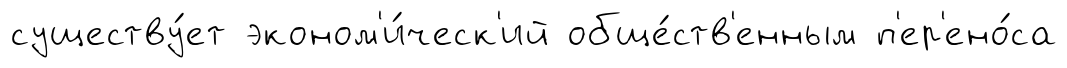
существу́ет эконом'и́ческ'ий обще́ств'енным п'ер'ено́са